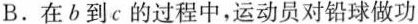
B.在b到c的过程中，运动员对铅球做功